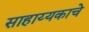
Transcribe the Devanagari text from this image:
साहाय्यकाचे